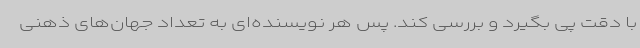
با دقت پی بگیرد و بررسی کند. پس هر نویسنده‌ای به تعداد جهان‌های ذهنی